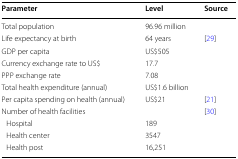
| Parameter | Level | Source |
 | --- | --- | --- |
 | Total population | 96.96 million |  |
 | Life expectancy at birth | 64 years | [29] |
 | GDP per capita | US$505 |  |
 | Currency exchange rate to US$ | 17.7 |  |
 | PPP exchange rate | 7.08 |  |
 | Total health expenditure (annual) | US$1.6 billion |  |
 | Per capita spending on health (annual) | US$21 | [21] |
 | <COLSPAN=2> Number of health facilities | <ROWSPAN=4> [30] |
 | Hospital | 189 |
 | Health center | 3547 |
 | Health post | 16,251 |